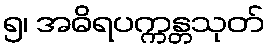
၅၊ အဓိရပက္ကန္တသုတ်